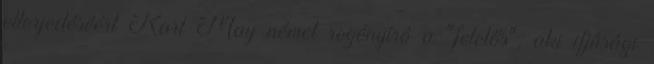
elterjedéséért Karl May német regényíró a "felelős", aki ifjúsági